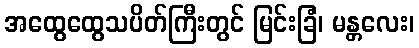
အထွေထွေသပိတ်ကြီးတွင် မြင်းခြံ၊ မန္တလေး၊